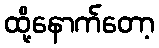
ထို့နောက်တော့